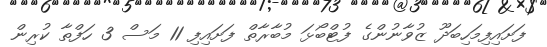
ފަށައިފިމަހިބަދޫ ޒުވާނުންގެ ފުޓްބޯޅަ މުބާރާތް ފަށައިފި 11 މަސް 3 ހަފްތާ ކުރިން